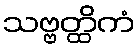
သဗ္ဗတ္ထိကံ